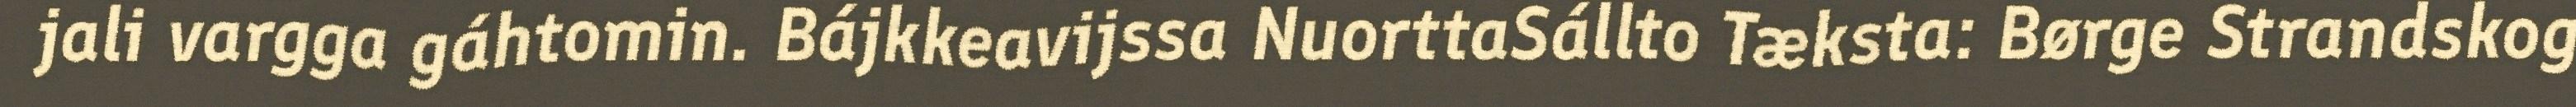
jali vargga gáhtomin. Bájkkeavijssa NuorttaSállto Tæksta: Børge Strandskog